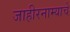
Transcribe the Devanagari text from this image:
जाहीरनाम्याचे